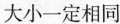
大小一定相同